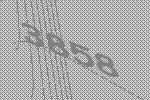
3858